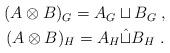
LaTeX: \begin{align*}\begin{gathered}(A\otimes B)_G= A_G\sqcup B_G\;,\\(A\otimes B)_H= A_H\hat\sqcup B_H\;.\\\end{gathered}\end{align*}